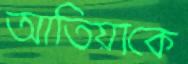
আতিয়াকে